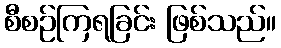
စီစဉ်ကြရခြင်း ဖြစ်သည်။